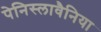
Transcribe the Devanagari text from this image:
पेनिस्लावैनिया